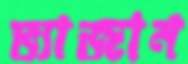
ভ্যাজান